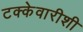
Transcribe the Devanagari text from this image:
टक्केवारीशी